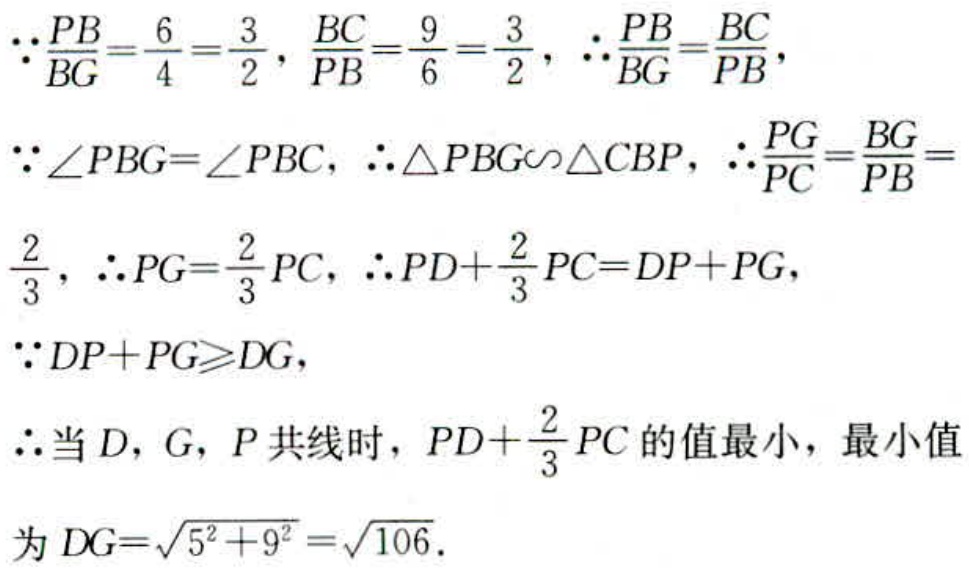
$\because \frac{PB}{BG}=\frac{6}{4}=\frac{3}{2},\frac{BC}{PB}=\frac{9}{6}=\frac{3}{2},\therefore \frac{PB}{BG}=\frac{BC}{PB},$
$\because \angle PBG = \angle PBC,\therefore \triangle PBG\backsim\triangle CBP,\therefore \frac{PG}{PC}=\frac{BG}{PB}=$
$\frac{2}{3},\therefore PG = \frac{2}{3}PC,\therefore PD+\frac{2}{3}PC = DP + PG,$
$\because DP + PG\geqslant DG,$
$\therefore$当$D,G,P$共线时，$PD+\frac{2}{3}PC$的值最小，最小值
为$DG=\sqrt{5^{2}+9^{2}}=\sqrt{106}.$